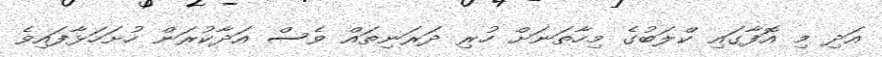
އަދި މި އޮފާގައި ކްލަބުގެ މިހާތަނަށް ހުރި ދަރަނިތައް ވެސް އަދާކުރަން ހުށަހަޅާފައިވެ